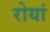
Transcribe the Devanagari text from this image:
रोयां